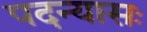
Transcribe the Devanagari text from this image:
पदन्यासः